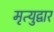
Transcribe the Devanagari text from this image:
मृत्युद्वार